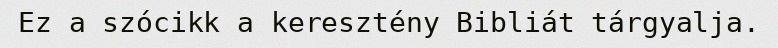
Ez a szócikk a keresztény Bibliát tárgyalja.